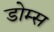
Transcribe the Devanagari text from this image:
डोम्स